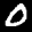
Label: 0